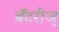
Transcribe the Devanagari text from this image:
बॅटरीज्